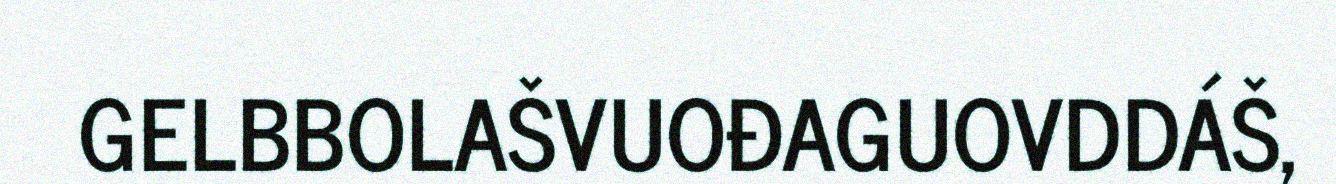
GELBBOLAŠVUOĐAGUOVDDÁŠ,